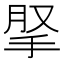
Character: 𢫪